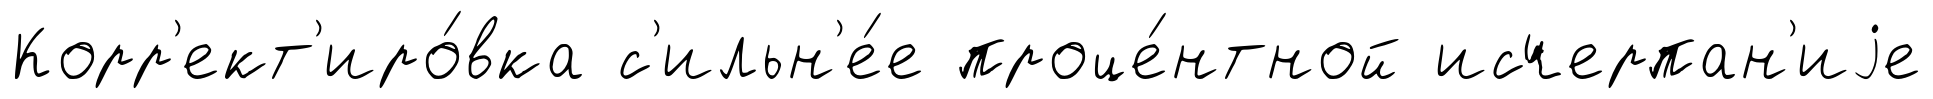
Корр'ект'иро́вка с'ильн'е́е проце́нтной исчерпан'иjе